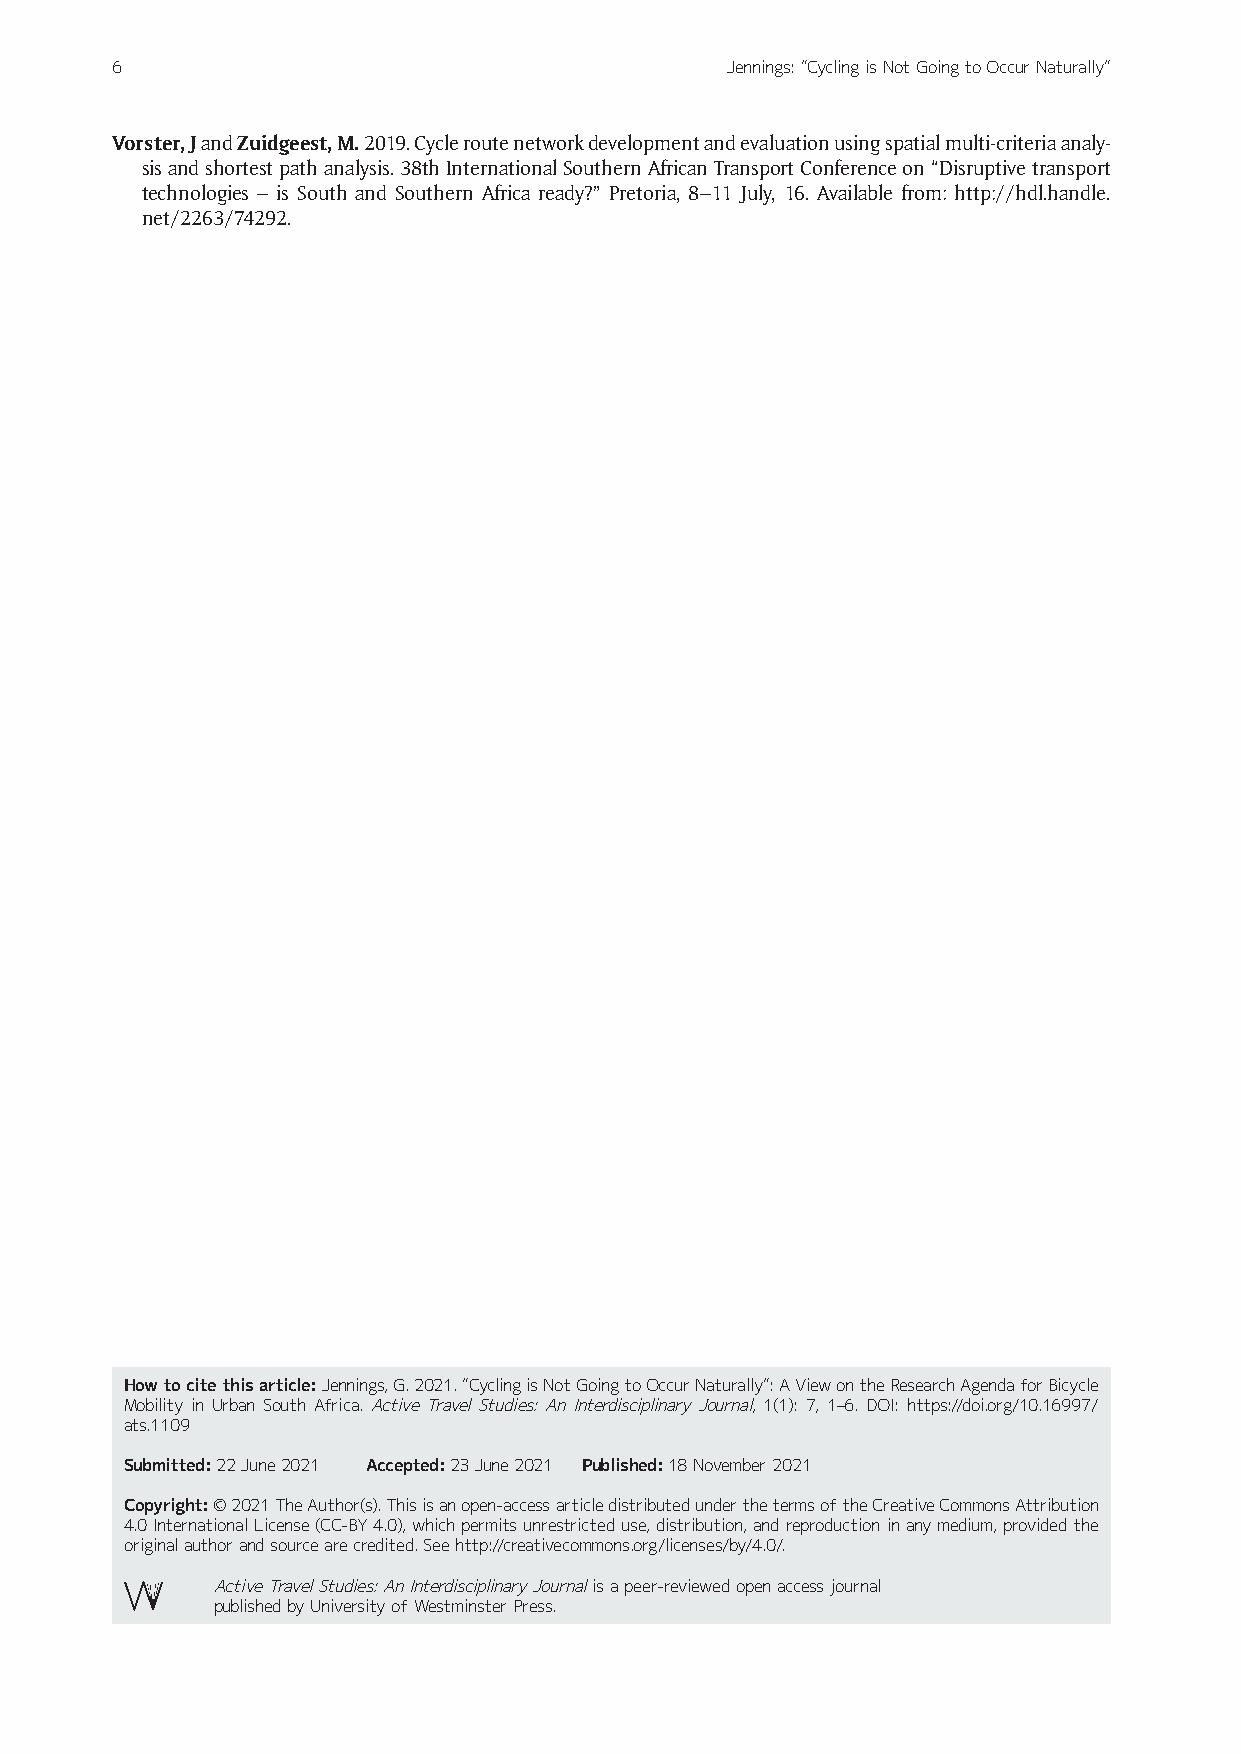
6                                        Jennings: “Cycling is Not Going to Occur Naturally“
 Vorster, J and Zuidgeest, M. 2019. Cycle route network development and evaluation using spatial multi-criteria analy-
 sis and shortest path analysis. 38th International Southern African Transport Conference on “Disruptive transport
 technologies – is South and Southern Africa ready?” Pretoria, 8–11 July, 16. Available from: http://hdl.handle.
 net/2263/74292.
 How to cite this article: Jennings, G. 2021. “Cycling is Not Going to Occur Naturally“: A View on the Research Agenda for Bicycle
 Mobility in Urban South Africa. Active Travel Studies: An Interdisciplinary Journal, 1(1): 7, 1–6. DOI: https://doi.org/10.16997/
 ats.1109
 Submitted: 22 June 2021 Accepted: 23 June 2021 published: 18 November 2021
 Copyright: © 2021 The Author(s). This is an open-access article distributed under the terms of the Creative Commons Attribution
 4.0 International License (CC-BY 4.0), which permits unrestricted use, distribution, and reproduction in any medium, provided the
 original author and source are credited. See http://creativecommons.org/licenses/by/4.0/.
 Active Travel Studies: An Interdisciplinary Journal is a peer-reviewed open access journal
 published by University of Westminster Press.